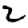
Digit: 2